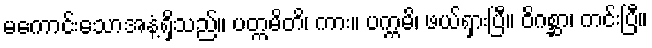
မကောင်းသောအနံ့ရှိသည်။ ပတ္ကမိတိ၊ ကား။ ပက္ကမိ၊ ဖယ်ရှားပြီ။ ဝိဂစ္ဆာ၊ ကင်းပြီ။